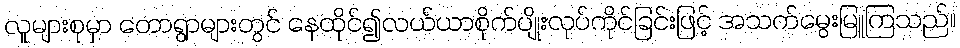
လူများစုမှာ တောရွာများတွင် နေထိုင်၍လယ်ယာစိုက်ပျိုးလုပ်ကိုင်ခြင်းဖြင့် အသက်မွေးမြူကြသည်။